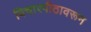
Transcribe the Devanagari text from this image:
विचारपीठावरून